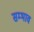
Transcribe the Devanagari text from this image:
सम्भाव